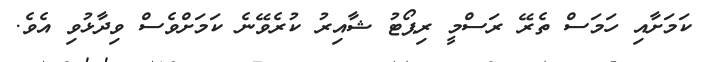
ކަމަށާއި ހަމަސް ތެރޭ ރަސްމީ ރިޕޯޓު ޝާއިރު ކުރެވޭނެ ކަމަށްވެސް ވިދާޅުވި އެވެ.